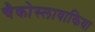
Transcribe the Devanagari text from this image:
चैकोस्लावाकिया